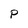
Character: p